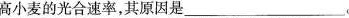
高小麦的光合速率，其原因是___。